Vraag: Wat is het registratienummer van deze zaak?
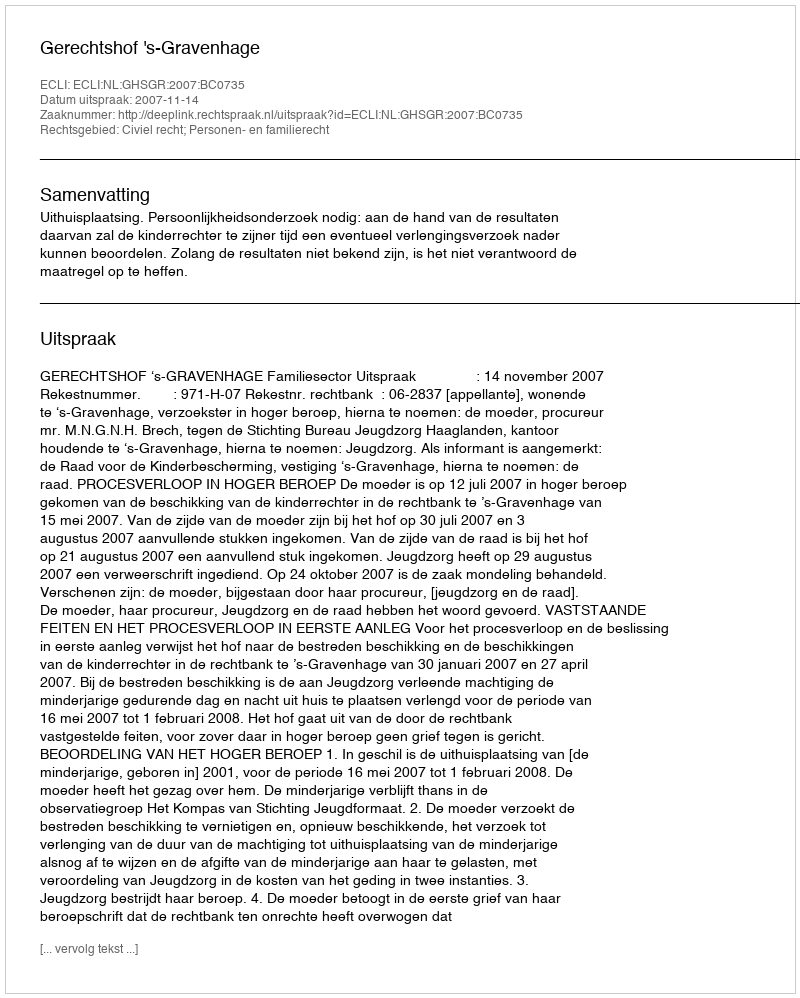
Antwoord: http://deeplink.rechtspraak.nl/uitspraak?id=ECLI:NL:GHSGR:2007:BC0735